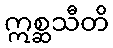
ဣစ္ဆသီတိ